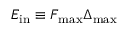
E _ { \mathrm { i n } } \equiv F _ { \mathrm { m a x } } \Delta _ { \mathrm { m a x } }